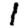
Digit: 1